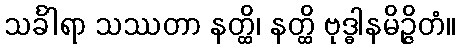
သင်္ခါရာ သဿတာ နတ္ထိ၊ နတ္ထိ ဗုဒ္ဓါနမိဉ္ဇိတံ။